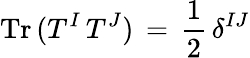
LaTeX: \mathrm{Tr}\, (T^{I}\, T^{J})\, =\, \frac{1}{2}\, \delta^{IJ}